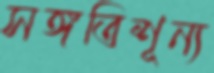
সঙ্গতিশূন্য